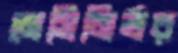
মেসিনির্ভর